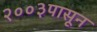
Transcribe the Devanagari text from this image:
२००३पासून